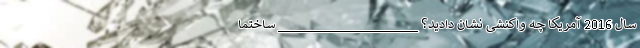
سال 2016 آمریکا چه واکنشی نشان دادید؟ ____________________ ساختما